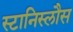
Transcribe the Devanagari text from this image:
स्टानिस्लौस